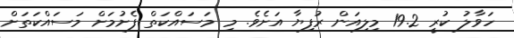
ހަވާލު ކުރީ 19.2 މިލިއަން ރުފިޔާ އަށެވެ. މި މަސައްކަތް ފެށުމަށް މަސައްކަތަށް